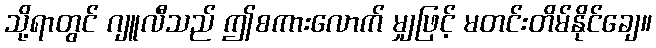
သို့ရာတွင် ဂျူလီသည် ဤစကားလောက် မျှဖြင့် မတင်းတိမ်နိုင်ချေ။